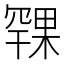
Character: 𪳨